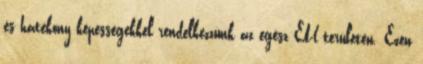
és hatékony képességekkel rendelkezzünk az egész EU területén. Ezen